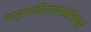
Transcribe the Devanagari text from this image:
अनुपनीतस्यनसंचयनं